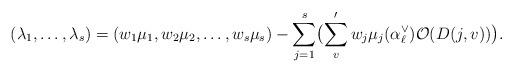
LaTeX: \begin{align*}(\lambda_1,\dots,\lambda_s)=(w_1\mu_1,w_2\mu_2,\dots, w_s\mu_s) -\sum_{j=1}^s\bigl(\sum'_{v} w_j\mu_j(\alpha_{\ell}^{\vee})\mathcal{O}(D(j,v))\bigr).\end{align*}